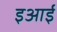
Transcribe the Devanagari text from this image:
इआई